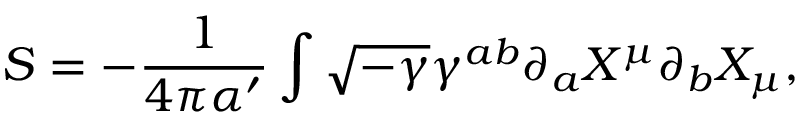
S = - \frac { 1 } { 4 \pi \alpha ^ { \prime } } \int \sqrt { - \gamma } \gamma ^ { a b } \partial _ { a } X ^ { \mu } \partial _ { b } X _ { \mu } ,